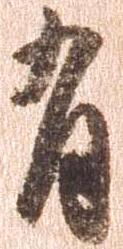
有